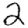
Digit: 2